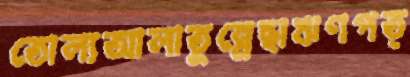
তোল্যআলাতুন্নেছাঋণপত্